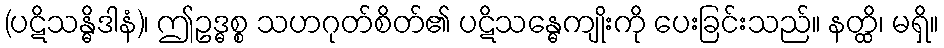
(ပဋိသန္ဓိဒါနံ)၊ ဤဥဒ္ဓစ္စ သဟဂုတ်စိတ်၏ ပဋိသန္ဓေကျိုးကို ပေးခြင်းသည်။ နတ္ထိ၊ မရှိ။